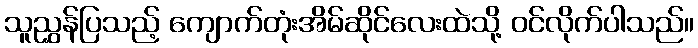
သူညွှန်ပြသည့် ကျောက်တုံးအိမ်ဆိုင်လေးထဲသို့ ဝင်လိုက်ပါသည်။